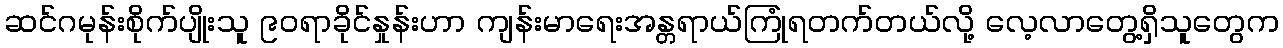
ဆင်ဂမုန်းစိုက်ပျိုးသူ ၉ဝရာခိုင်နှုန်းဟာ ကျန်းမာရေးအန္တရာယ်ကြုံရတက်တယ်လို့ လေ့လာတွေ့ရှိသူတွေက